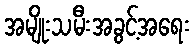
အမျိုးသမီးအခွင့်အရေး